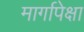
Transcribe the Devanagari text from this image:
मार्गापेक्षा